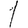
Digit: 1